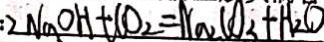
: 2 N a O H + C O _ { 2 } = N a _ { 2 } C O _ { 3 } + H _ { 2 } O